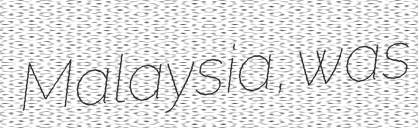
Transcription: Malaysia, was